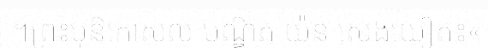
។ព្រះមុនិកោសល បណ្ឌិត យ៉ន សេងយៀត៖«